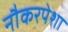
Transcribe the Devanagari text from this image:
नौकरपेशा